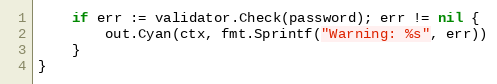
Language: Go
	if err := validator.Check(password); err != nil {
		out.Cyan(ctx, fmt.Sprintf("Warning: %s", err))
	}
}